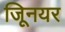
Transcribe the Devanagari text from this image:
जूिनयर